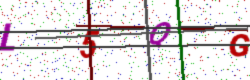
Text: L5QG